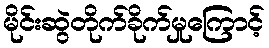
မိုင်းဆွဲတိုက်ခိုက်မှုကြောင့်